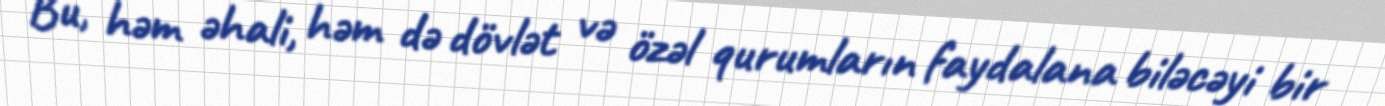
Bu, həm əhali, həm də dövlət və özəl qurumların faydalana biləcəyi bir